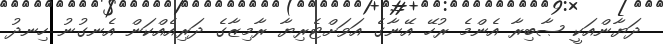
ދަޔާންއަކީ ޞާބިރާ އެންމެ ރުހޭ އޭނާގެ އަވަށްޓެރިޔާ ރާމިޒާގެ ދަރިއެއްކަން އެނގުނު ހިނދު